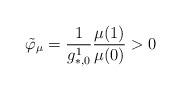
LaTeX: \begin{align*} \tilde\varphi_\mu = \frac{1}{g_{*,0}^1} \frac{\mu(1)}{\mu(0)}>0\end{align*}